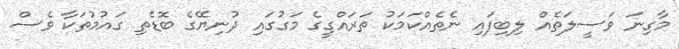
މާގިނަ ވަސީލަތެއް ލިބިފައި ނެތެއްކަމަކު ތަރައްގީގެ މަގުގައި ދުނިޔޭގެ ބޮޑެތި ގައުމުތަކާ ވެސް